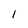
Character: l